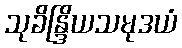
သုခိန္ဒြိယသမုဒယံ